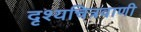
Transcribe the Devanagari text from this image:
दृश्यचित्रवाणी